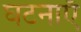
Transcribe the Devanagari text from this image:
घटनाएॅ